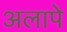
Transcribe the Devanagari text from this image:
अलापे